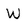
Character: W